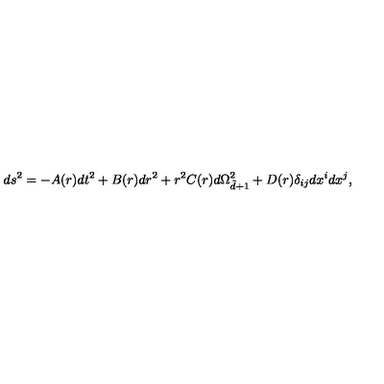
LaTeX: d s ^ { 2 } = - A ( r ) d t ^ { 2 } + B ( r ) d r ^ { 2 } + r ^ { 2 } C ( r ) d \Omega _ { \tilde { d } + 1 } ^ { 2 } + D ( r ) \delta _ { i j } d x ^ { i } d x ^ { j } ,